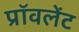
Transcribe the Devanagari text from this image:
प्रॉवलेंट